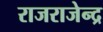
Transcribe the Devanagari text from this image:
राजराजेन्द्र